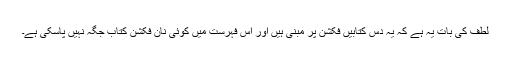
لطف کی بات یہ ہے کہ یہ دس کتابیں فکشن پر مبنی ہیں اور اس فہرست میں کوئی نان فکشن کتاب جگہ نہیں پاسکی ہے۔